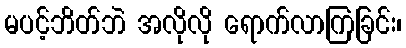
မပင့်ဘိတ်ဘဲ အလိုလို ရောက်လာကြခြင်း၊